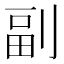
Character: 副